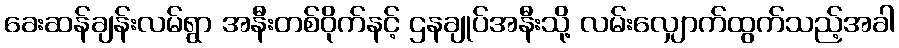
ခေးဆန်ချန်းလမ်ရွာ အနီးတစ်ဝိုက်နင့် ဌနချုပ်အနီးသို့ လမ်းလျှောက်ထွက်သည့်အခါ